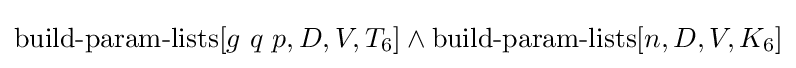
\operatorname {build-param-lists} [g\ q\ p,D,V,T_{6}]\land \operatorname {build-param-lists} [n,D,V,K_{6}]